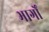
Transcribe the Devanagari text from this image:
भार्गों